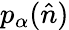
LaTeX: p_{\alpha}(\hat{n})